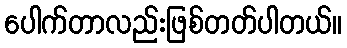
ပေါက်တာလည်းဖြစ်တတ်ပါတယ်။